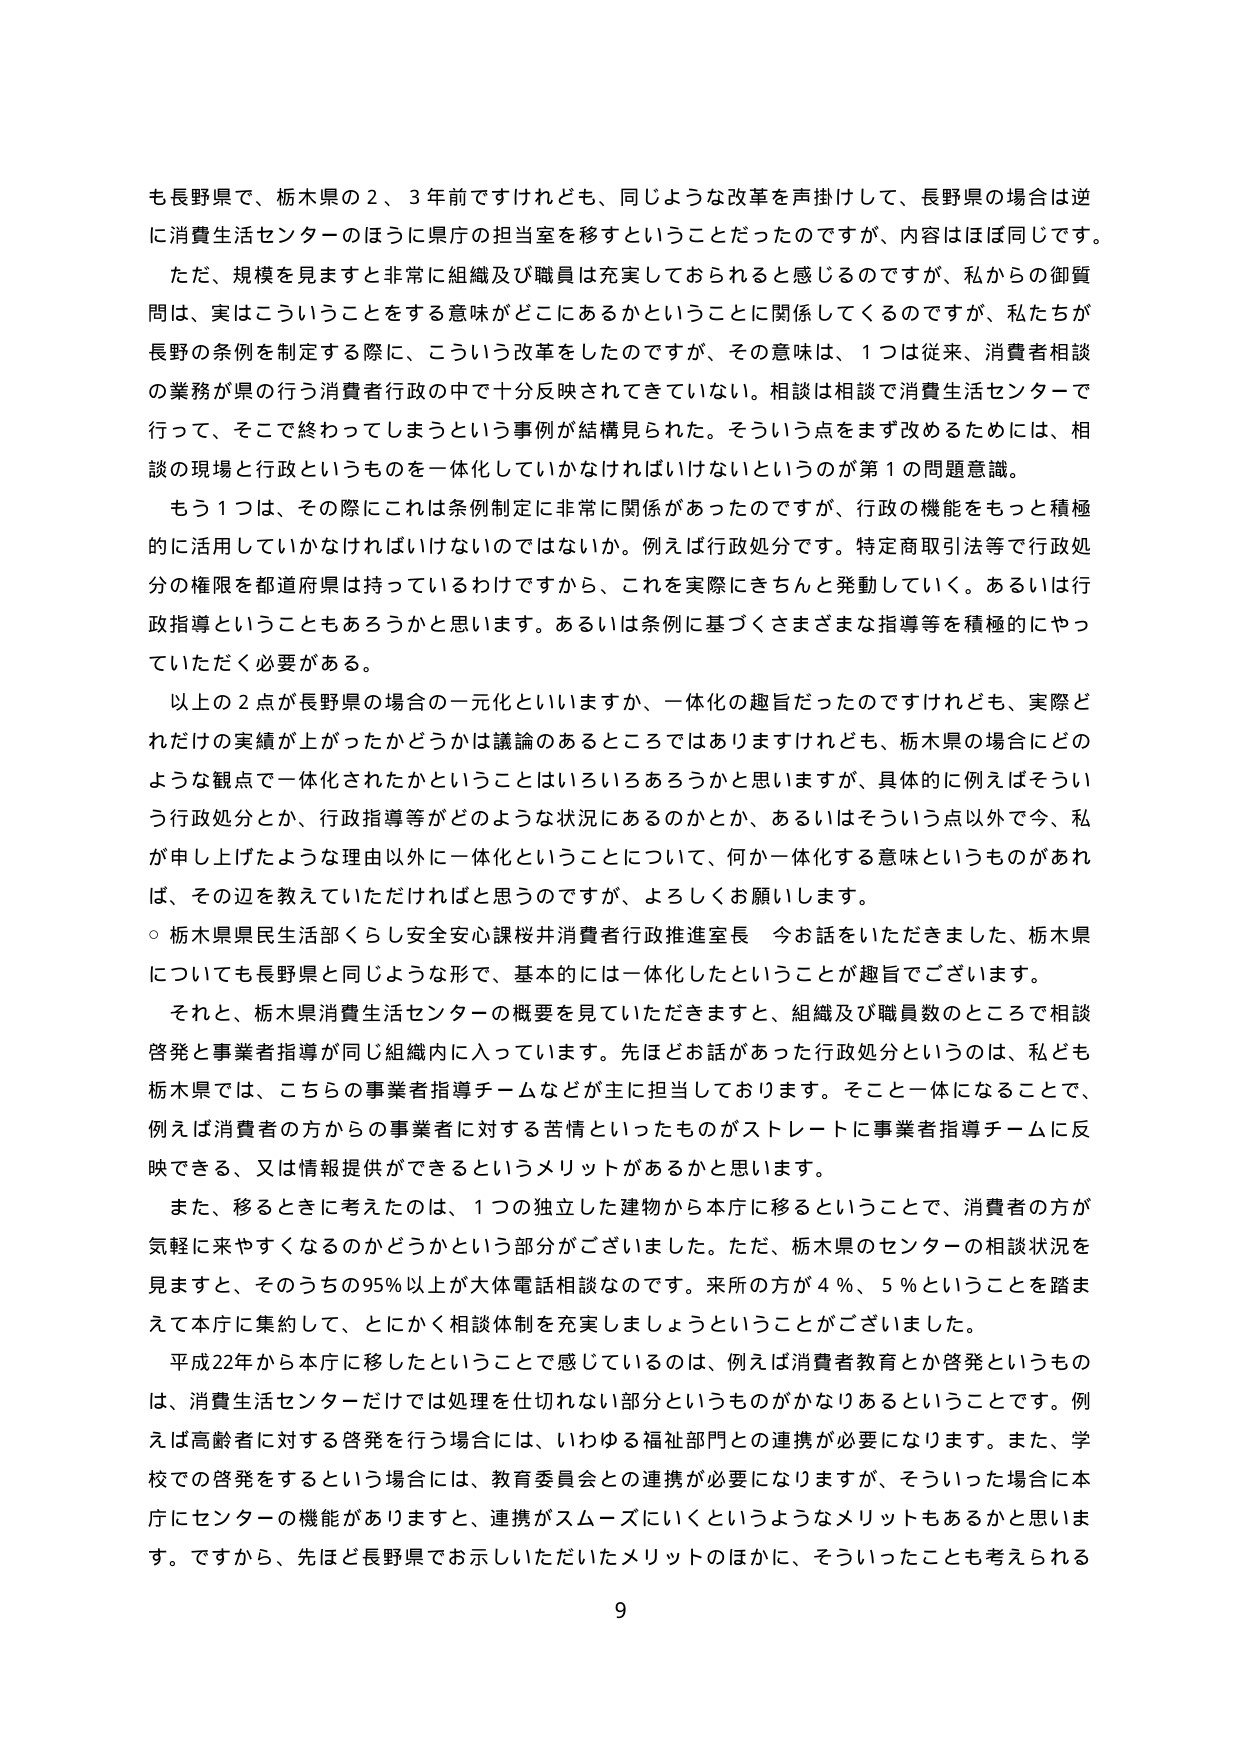
も長野県で、栃木県の２、３年前ですけれども、同じような改革を声掛けして、長野県の場合は逆に消費生活センターのほうに県庁の担当室を移すということだったのですが、内容はほぼ同じです。

ただ、規模を見ますと非常に組織及び職員は充実しておられると感じるのですが、私からの御質問は、実はこういうことをする意味がどこにあるかということに関係してくるのですが、私たちが長野の条例を制定する際に、こういう改革をしたのですが、その意味は、１つは従来、消費者相談の業務が県の行う消費者行政の中で十分反映されてきていない。相談は相談で消費生活センターで行って、そこで終わってしまうという事例が結構見られた。そういう点をまず改めるためには、相談の現場と行政というものを一体化していかなければならないというのが第１の問題意識。

もう１つは、その際にこれは条例制定に非常に関係があったのですが、行政の機能をもっと積極的に活用していかなければならないのではないか。例えば行政処分です。特定商取引法等で行政処分の権限を都道府県は持っているわけですから、これを実際にきちんと発動していく。あるいは行政指導ということもあるろうかと思います。あるいは条例に基づくさまざまな指導等を積極的にやっていただく必要がある。

以上の２点が長野県の場合の一元化といいますか、一体化の趣旨だったのですけれども、実際にどれだけの実績が上がったかどうかは議論のあるところではありますけれども、栃木県の場合にどのような観点で一体化されたかということはいろいろあろうかと思いますが、具体的に例えばそういう行政処分とか、行政指導等がどのような状況にあるのかとか、あるいはそういう点以外で今、私が申し上げたような理由以外に一体化ということについて、何か一体化する意味というものがあれば、その辺を教えていただければと思うのですが、よろしくお願いします。

○ 栃木県県民生活部くらし安全安心課桜井消費者行政推進室長 今お話をしていただきました、栃木県についても長野県と同じような形で、基本的には一体化したということが趣旨でございます。

それと、栃木県消費生活センターの概要を見ていただきますと、組織及び職員数のところで相談啓発と事業者指導が同じ組織内に入っています。先ほどお話があった行政処分というのは、私ども栃木県では、こちらの事業者指導チームなどが主に担当しております。そこ一体になることで、例えば消費者の方からの事業者に対する苦情といったものがストレートに事業者指導チームに反映できる、又は情報提供ができるというメリットがあるかと思います。

また、移るときに考えたのは、１つの独立した建物から本庁に移るということで、消費者の方が気軽に来やすくなるのかどうかという部分がございました。ただ、栃木県のセンターの相談状況を見ますと、そのうちの95％以上が大体電話相談なのです。来所の方が４％、５％ということを踏まえて本庁に集約して、とにかく相談体制を充実しましょうということがございました。

平成22年から本庁に移したということで感じているのは、例えば消費者教育とか啓発というものは、消費生活センターだけでは処理を仕切れない部分というものがかなりあるということです。例えば高齢者に対する啓発を行う場合には、いわゆる福祉部門との連携が必要になります。また、学校での啓発をするという場合には、教育委員会との連携が必要になりますが、そういった場合に本庁にセンターの機能がありますと、連携がスムーズにいくというようなメリットもあるかと思います。ですから、先ほど長野県でお示しいただいたメリットのほかに、そういったことも考えられる

9